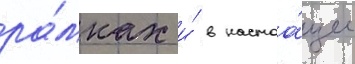
ра́мках и́ в настоа́щее